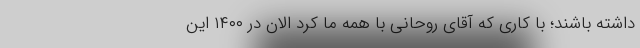
داشته باشند؛ با کاری که آقای روحانی با همه ما کرد الان در ۱۴۰۰ این